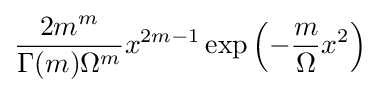
{\frac {2m^{m}}{\Gamma (m)\Omega ^{m}}}x^{2m-1}\exp \left(-{\frac {m}{\Omega }}x^{2}\right)